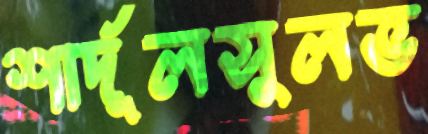
শার্দূলসুলভ